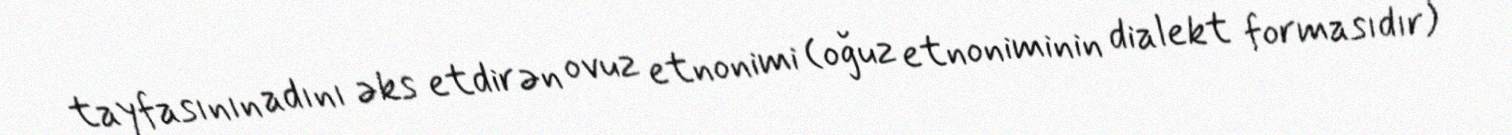
tayfasının adını əks etdirən ovuz etnonimi (oğuz etnoniminin dialekt formasıdır)